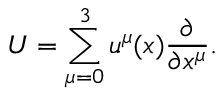
U = \sum _ { \mu = 0 } ^ { 3 } u ^ { \mu } ( x ) \frac { \partial } { \partial x ^ { \mu } } .